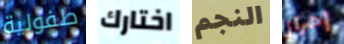
طفولية اختارك النجم إحراز